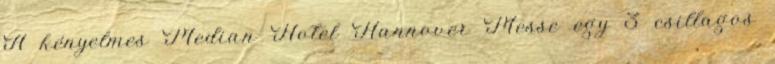
A kényelmes Median Hotel Hannover Messe egy 3 csillagos